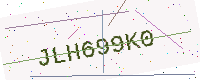
Text: JLH699K0